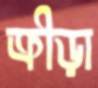
ক্রীড়া